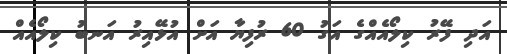
އަދި ފޭރު ކިލޯއެއްގެ އަގު 60 ރުފިޔާ އަށް އުޅޭއިރު އަނބު ކިލޯއެއް